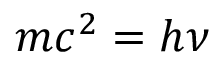
m c ^ { 2 } = h \nu